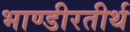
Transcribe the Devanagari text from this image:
भाण्डीरतीर्थ